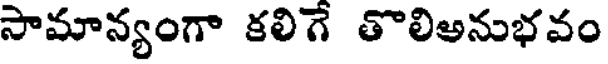
సామాన్యంగా కలిగే తొలిఅనుభవం